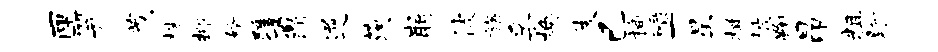
匣笄茂株抑婿踵鼐逆茨崩彼旒孚换伎已插碌一星楫披鞠昂粗盼